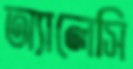
অ্যালেসি